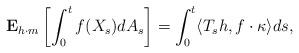
LaTeX: \begin{align*} \mathbf{E}_{h\cdot m}\left[\int_0^{t}f(X_s)dA_s\right]=\int_0^t\langle T_{s}h,f\cdot\kappa\rangle ds, \end{align*}